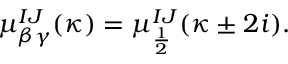
\mu _ { \beta \gamma } ^ { I J } ( \kappa ) = \mu _ { \frac 1 2 } ^ { I J } ( \kappa \pm 2 i ) .